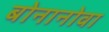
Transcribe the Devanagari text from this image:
बोनानोवा